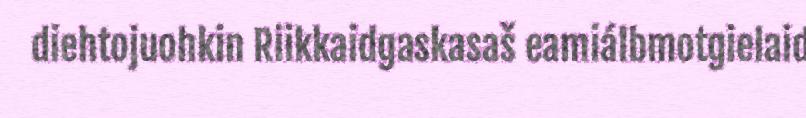
diehtojuohkin Riikkaidgaskasaš eamiálbmotgielaid